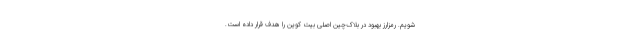
شویم. رمزارز بهبود در بلاک‌چین اصلی بیت کوین را هدف قرار داده است.